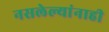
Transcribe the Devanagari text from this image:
नसलेल्यांनाही